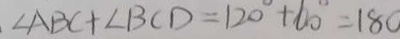
\angle A B C + \angle B C D = 1 2 0 ^ { \circ } + 6 0 ^ { \circ } = 1 8 0